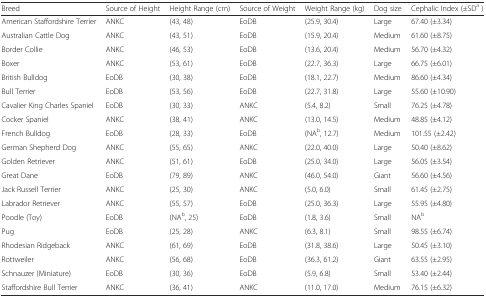
<table><thead><tr><td><b>Breed</b></td><td><b>Source of Height</b></td><td><b>Height Range (cm)</b></td><td><b>Source of Weight</b></td><td><b>Weight Range (kg)</b></td><td><b>Dog size</b></td><td><b>Cephalic Index (±SD<sup>a</sup> )</b></td></tr></thead><tbody><tr><td>American Staffordshire Terrier</td><td>ANKC</td><td>(43, 48)</td><td>EoDB</td><td>(25.9, 30.4)</td><td>Large</td><td>67.40 (±3.34)</td></tr><tr><td>Australian Cattle Dog</td><td>ANKC</td><td>(43, 51)</td><td>EoDB</td><td>(15.9, 20.4)</td><td>Medium</td><td>61.60 (±8.75)</td></tr><tr><td>Border Collie</td><td>ANKC</td><td>(46, 53)</td><td>EoDB</td><td>(13.6, 20.4)</td><td>Medium</td><td>56.70 (±4.32)</td></tr><tr><td>Boxer</td><td>ANKC</td><td>(53, 61)</td><td>EoDB</td><td>(22.7, 36.3)</td><td>Large</td><td>66.75 (±6.01)</td></tr><tr><td>British Bulldog</td><td>EoDB</td><td>(30, 38)</td><td>EoDB</td><td>(18.1, 22.7)</td><td>Medium</td><td>86.60 (±4.34)</td></tr><tr><td>Bull Terrier</td><td>EoDB</td><td>(53, 56)</td><td>EoDB</td><td>(22.7, 31.8)</td><td>Large</td><td>55.60 (±10.90)</td></tr><tr><td>Cavalier King Charles Spaniel</td><td>EoDB</td><td>(30, 33)</td><td>ANKC</td><td>(5.4, 8.2)</td><td>Small</td><td>76.25 (±4.78)</td></tr><tr><td>Cocker Spaniel</td><td>ANKC</td><td>(38, 41)</td><td>ANKC</td><td>(13.0, 14.5)</td><td>Medium</td><td>48.85 (±4.12)</td></tr><tr><td>French Bulldog</td><td>EoDB</td><td>(28, 33)</td><td>EoDB</td><td>(NA<sup>b</sup>, 12.7)</td><td>Medium</td><td>101.55 (±2.42)</td></tr><tr><td>German Shepherd Dog</td><td>ANKC</td><td>(55, 65)</td><td>ANKC</td><td>(22.0, 40.0)</td><td>Large</td><td>50.40 (±8.62)</td></tr><tr><td>Golden Retriever</td><td>ANKC</td><td>(51, 61)</td><td>EoDB</td><td>(25.0, 34.0)</td><td>Large</td><td>56.05 (±3.54)</td></tr><tr><td>Great Dane</td><td>EoDB</td><td>(79, 89)</td><td>ANKC</td><td>(46.0, 54.0)</td><td>Giant</td><td>56.60 (±4.56)</td></tr><tr><td>Jack Russell Terrier</td><td>ANKC</td><td>(25, 30)</td><td>ANKC</td><td>(5.0, 6.0)</td><td>Small</td><td>61.45 (±2.75)</td></tr><tr><td>Labrador Retriever</td><td>ANKC</td><td>(55, 57)</td><td>EoDB</td><td>(25.0, 36.3)</td><td>Large</td><td>55.95 (±4.80)</td></tr><tr><td>Poodle (Toy)</td><td>EoDB</td><td>(NA<sup>b</sup>, 25)</td><td>EoDB</td><td>(1.8, 3.6)</td><td>Small</td><td>NA<sup>b</sup></td></tr><tr><td>Pug</td><td>EoDB</td><td>(25, 28)</td><td>ANKC</td><td>(6.3, 8.1)</td><td>Small</td><td>98.55 (±6.74)</td></tr><tr><td>Rhodesian Ridgeback</td><td>ANKC</td><td>(61, 69)</td><td>EoDB</td><td>(31.8, 38.6)</td><td>Large</td><td>50.45 (±3.10)</td></tr><tr><td>Rottweiler</td><td>ANKC</td><td>(56, 68)</td><td>EoDB</td><td>(36.3, 61.2)</td><td>Giant</td><td>63.55 (±2.95)</td></tr><tr><td>Schnauzer (Miniature)</td><td>EoDB</td><td>(30, 36)</td><td>EoDB</td><td>(5.9, 6.8)</td><td>Small</td><td>53.40 (±2.44)</td></tr><tr><td>Staffordshire Bull Terrier</td><td>ANKC</td><td>(36, 41)</td><td>ANKC</td><td>(11.0, 17.0)</td><td>Medium</td><td>76.15 (±6.32)</td></tr></tbody></table>